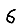
Digit: 6